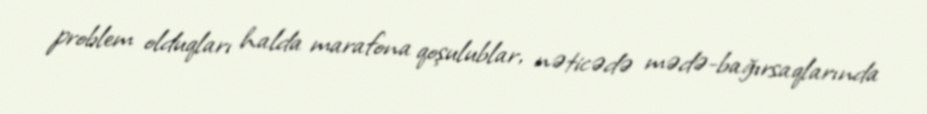
problem olduqları halda marafona qoşulublar, nəticədə mədə-bağırsaqlarında